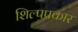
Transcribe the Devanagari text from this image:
शिल्पप्रकार